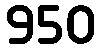
950